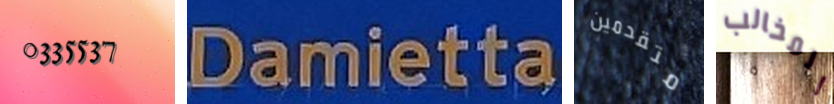
0335537 Damietta متقدمين المخالب